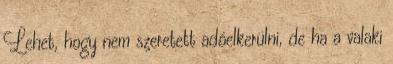
Lehet, hogy nem szeretett adóelkerülni, de ha a valaki